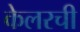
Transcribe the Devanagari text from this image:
केलरची